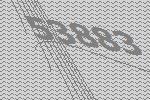
53883